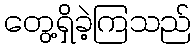
တွေ့ရှိခဲ့ကြသည်